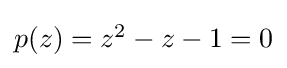
{\textstyle p(z)=z^{2}-z-1=0}